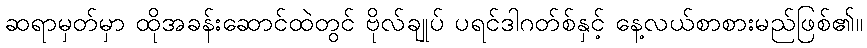
ဆရာမှတ်မှာ ထိုအခန်းဆောင်ထဲတွင် ဗိုလ်ချုပ် ပရင်ဒါဂတ်စ်နှင့် နေ့လယ်စာစားမည်ဖြစ်၏။